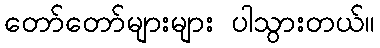
တော်တော်များများ ပါသွားတယ်။